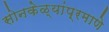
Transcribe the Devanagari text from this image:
सोनकेळ्यांप्रमाणे